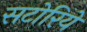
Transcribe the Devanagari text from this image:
सटोरिये